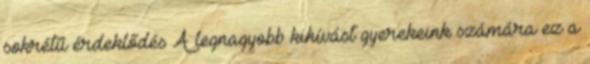
sokrétű érdeklődés A legnagyobb kihívást gyerekeink számára ez a